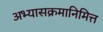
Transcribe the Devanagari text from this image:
अभ्यासक्रमानिमित्त